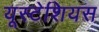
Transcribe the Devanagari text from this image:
यूस्टेशियस